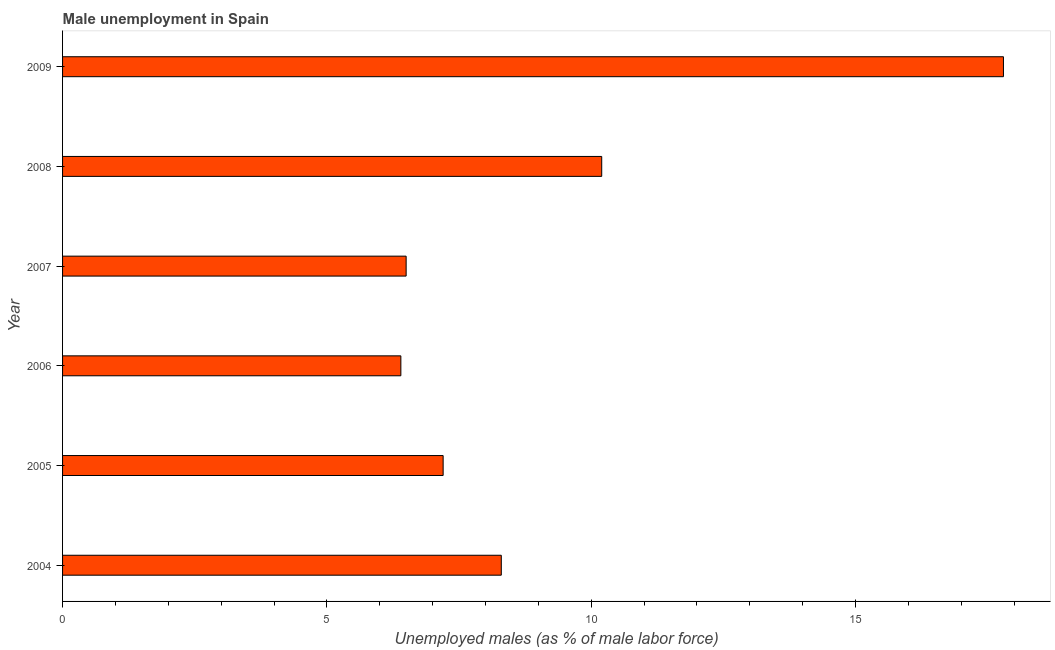
| Year | Unemployment |
 | --- | --- |
 | 2004 | 8.3 |
 | 2005 | 7.2 |
 | 2006 | 6.4 |
 | 2007 | 6.5 |
 | 2008 | 10.2 |
 | 2009 | 17.8 |